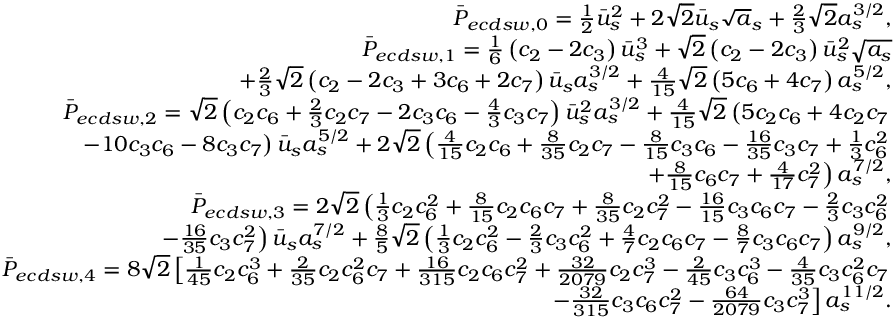
\begin{array} { r l r } & { } & { \bar { P } _ { e c d s w , 0 } = \frac { 1 } { 2 } \bar { u } _ { s } ^ { 2 } + 2 \sqrt { 2 } \bar { u } _ { s } \sqrt { a } _ { s } + \frac { 2 } { 3 } \sqrt { 2 } a _ { s } ^ { 3 / 2 } , } \\ & { } & { \bar { P } _ { e c d s w , 1 } = \frac { 1 } { 6 } \left( c _ { 2 } - 2 c _ { 3 } \right) \bar { u } _ { s } ^ { 3 } + \sqrt { 2 } \left( c _ { 2 } - 2 c _ { 3 } \right) \bar { u } _ { s } ^ { 2 } \sqrt { a _ { s } } } \\ & { } & { \mathrm + \frac { 2 } { 3 } \sqrt { 2 } \left( c _ { 2 } - 2 c _ { 3 } + 3 c _ { 6 } + 2 c _ { 7 } \right) \bar { u } _ { s } a _ { s } ^ { 3 / 2 } + \frac { 4 } { 1 5 } \sqrt { 2 } \left( 5 c _ { 6 } + 4 c _ { 7 } \right) a _ { s } ^ { 5 / 2 } , } \\ & { } & { \bar { P } _ { e c d s w , 2 } = \sqrt { 2 } \left( c _ { 2 } c _ { 6 } + \frac { 2 } { 3 } c _ { 2 } c _ { 7 } - 2 c _ { 3 } c _ { 6 } - \frac { 4 } { 3 } c _ { 3 } c _ { 7 } \right) \bar { u } _ { s } ^ { 2 } a _ { s } ^ { 3 / 2 } + \frac { 4 } { 1 5 } \sqrt { 2 } \left( 5 c _ { 2 } c _ { 6 } + 4 c _ { 2 } c _ { 7 } \right. } \\ & { } & { \left. \mathrm - 1 0 c _ { 3 } c _ { 6 } - 8 c _ { 3 } c _ { 7 } \right) \bar { u } _ { s } a _ { s } ^ { 5 / 2 } + 2 \sqrt { 2 } \left( \frac { 4 } { 1 5 } c _ { 2 } c _ { 6 } + \frac { 8 } { 3 5 } c _ { 2 } c _ { 7 } - \frac { 8 } { 1 5 } c _ { 3 } c _ { 6 } - \frac { 1 6 } { 3 5 } c _ { 3 } c _ { 7 } + \frac { 1 } { 3 } c _ { 6 } ^ { 2 } \right. } \\ & { } & { \left. \mathrm + \frac { 8 } { 1 5 } c _ { 6 } c _ { 7 } + \frac { 4 } { 1 7 } c _ { 7 } ^ { 2 } \right) a _ { s } ^ { 7 / 2 } , } \\ & { } & { \bar { P } _ { e c d s w , 3 } = 2 \sqrt { 2 } \left( \frac { 1 } { 3 } c _ { 2 } c _ { 6 } ^ { 2 } + \frac { 8 } { 1 5 } c _ { 2 } c _ { 6 } c _ { 7 } + \frac { 8 } { 3 5 } c _ { 2 } c _ { 7 } ^ { 2 } - \frac { 1 6 } { 1 5 } c _ { 3 } c _ { 6 } c _ { 7 } - \frac { 2 } { 3 } c _ { 3 } c _ { 6 } ^ { 2 } \right. } \\ & { } & { \left. \mathrm - \frac { 1 6 } { 3 5 } c _ { 3 } c _ { 7 } ^ { 2 } \right) \bar { u } _ { s } a _ { s } ^ { 7 / 2 } + \frac { 8 } { 5 } \sqrt { 2 } \left( \frac { 1 } { 3 } c _ { 2 } c _ { 6 } ^ { 2 } - \frac { 2 } { 3 } c _ { 3 } c _ { 6 } ^ { 2 } + \frac { 4 } { 7 } c _ { 2 } c _ { 6 } c _ { 7 } - \frac { 8 } { 7 } c _ { 3 } c _ { 6 } c _ { 7 } \right) a _ { s } ^ { 9 / 2 } , } \\ & { } & { \bar { P } _ { e c d s w , 4 } = 8 \sqrt { 2 } \left[ \frac { 1 } { 4 5 } c _ { 2 } c _ { 6 } ^ { 3 } + \frac { 2 } { 3 5 } c _ { 2 } c _ { 6 } ^ { 2 } c _ { 7 } + \frac { 1 6 } { 3 1 5 } c _ { 2 } c _ { 6 } c _ { 7 } ^ { 2 } + \frac { 3 2 } { 2 0 7 9 } c _ { 2 } c _ { 7 } ^ { 3 } - \frac { 2 } { 4 5 } c _ { 3 } c _ { 6 } ^ { 3 } - \frac { 4 } { 3 5 } c _ { 3 } c _ { 6 } ^ { 2 } c _ { 7 } \right. } \\ & { } & { \left. \mathrm - \frac { 3 2 } { 3 1 5 } c _ { 3 } c _ { 6 } c _ { 7 } ^ { 2 } - \frac { 6 4 } { 2 0 7 9 } c _ { 3 } c _ { 7 } ^ { 3 } \right] a _ { s } ^ { 1 1 / 2 } . } \end{array}